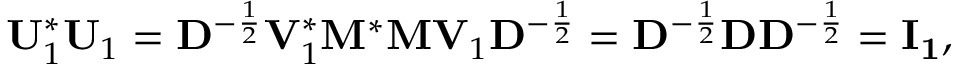
\mathbf { U } _ { 1 } ^ { * } \mathbf { U } _ { 1 } = \mathbf { D } ^ { - { \frac { 1 } { 2 } } } \mathbf { V } _ { 1 } ^ { * } \mathbf { M } ^ { * } \mathbf { M } \mathbf { V } _ { 1 } \mathbf { D } ^ { - { \frac { 1 } { 2 } } } = \mathbf { D } ^ { - { \frac { 1 } { 2 } } } \mathbf { D } \mathbf { D } ^ { - { \frac { 1 } { 2 } } } = \mathbf { I _ { 1 } } ,